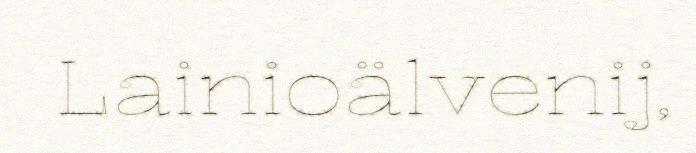
Lainioälvenij,